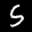
Label: 5